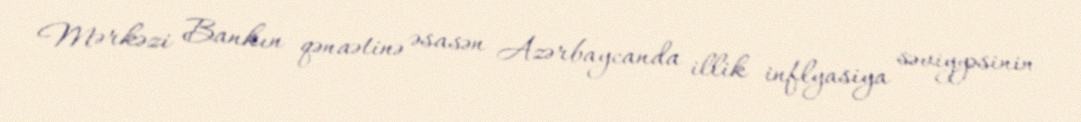
Mərkəzi Bankın qənaətinə əsasən Azərbaycanda illik inflyasiya səviyyəsinin